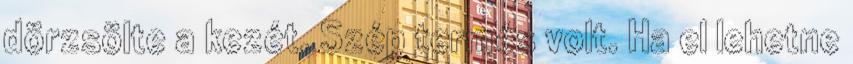
dörzsölte a kezét. Szép termés volt. Ha el lehetne